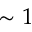
\sim 1